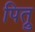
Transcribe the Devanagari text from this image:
पित्रु